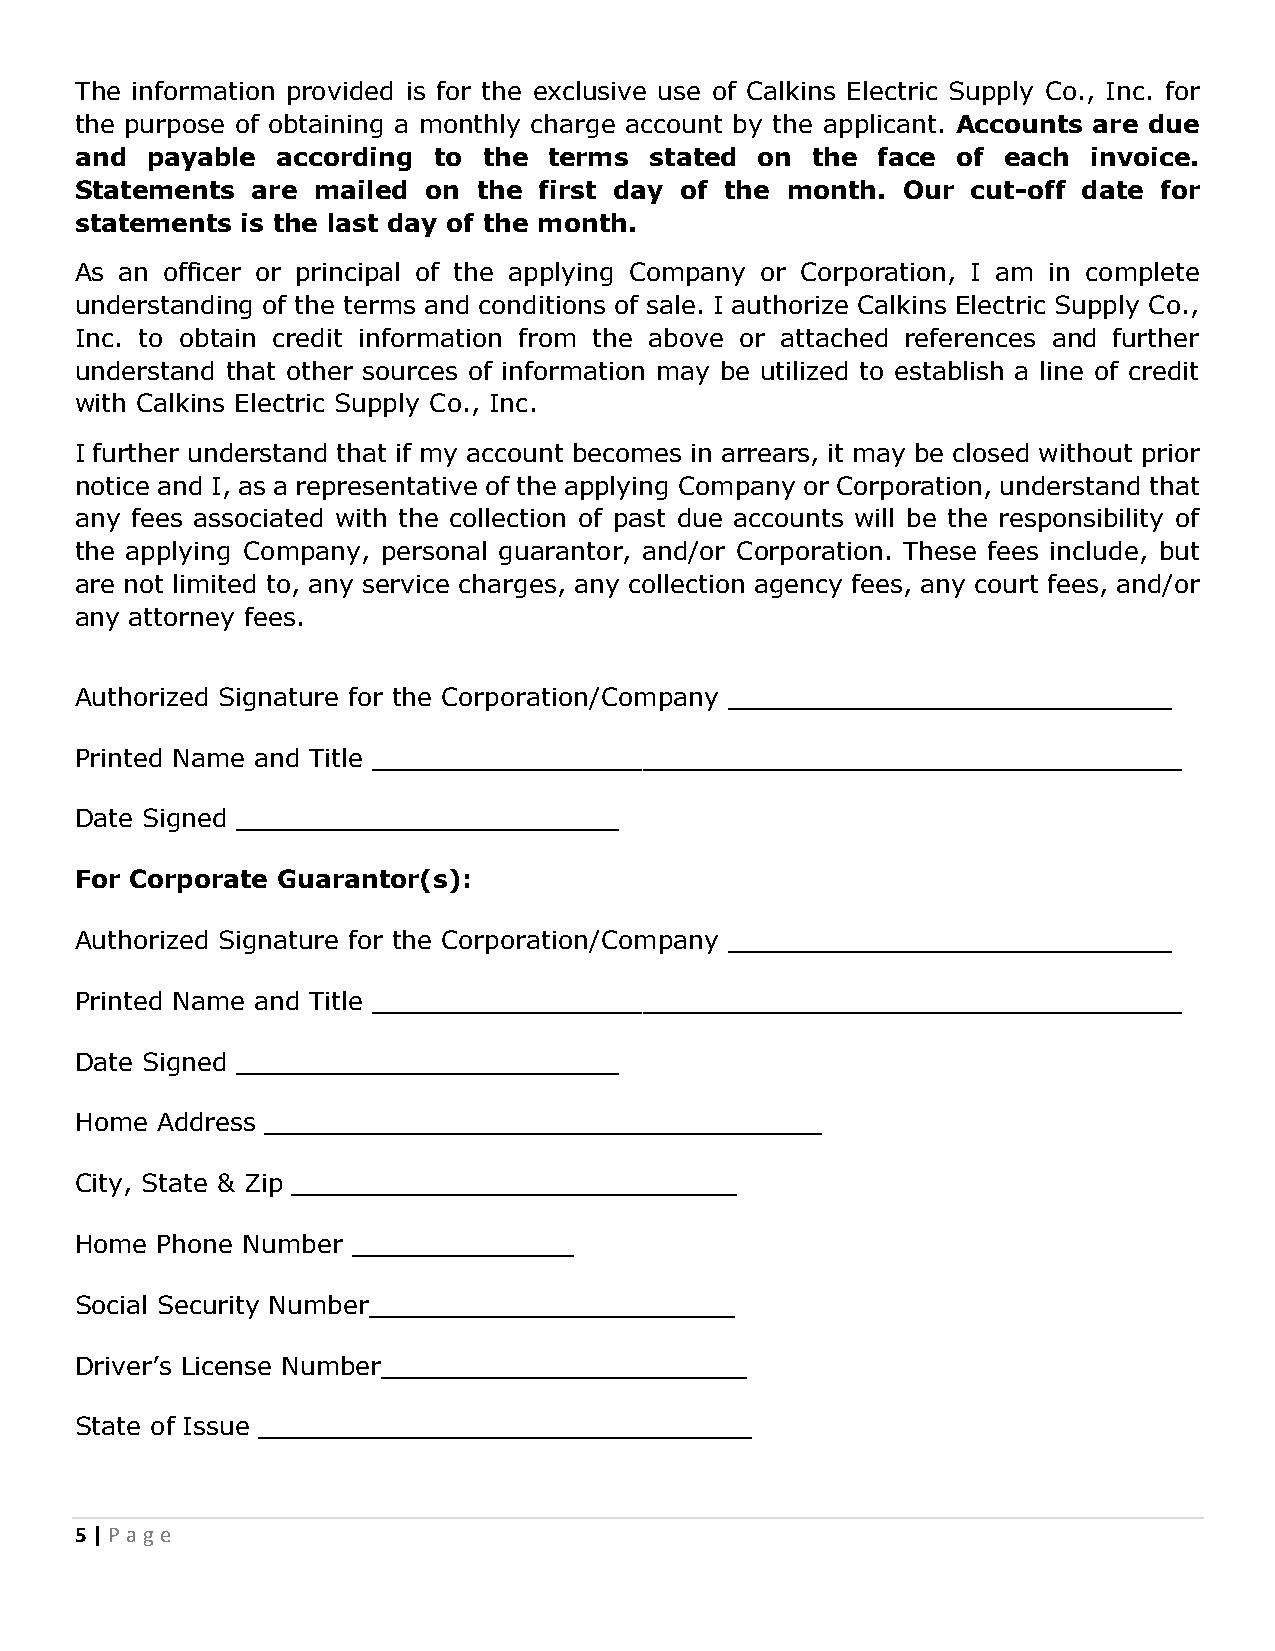
The information provided is for the exclusive use of Calkins Electric Supply Co., Inc. for
 the purpose of obtaining a monthly charge account by the applicant. Accounts are due
 and  payable according  to the terms  stated on  the face of  each invoice.
 Statements  are mailed on  the first day of the month. Our cut-off date for
 statements is the last day of the month.
 As an officer or principal of the applying Company or Corporation, I am in complete
 understanding of the terms and conditions of sale. I authorize Calkins Electric Supply Co.,
 Inc. to obtain credit information from the above or attached references and further
 understand that other sources of information may be utilized to establish a line of credit
 with Calkins Electric Supply Co., Inc.
 I further understand that if my account becomes in arrears, it may be closed without prior
 notice and I, as a representative of the applying Company or Corporation, understand that
 any fees associated with the collection of past due accounts will be the responsibility of
 the applying Company, personal guarantor, and/or Corporation. These fees include, but
 are not limited to, any service charges, any collection agency fees, any court fees, and/or
 any attorney fees.
 Authorized Signature for the Corporation/Company ____________________________
 Printed Name and Title ___________________________________________________
 Date Signed ________________________
 For Corporate Guarantor(s):
 Authorized Signature for the Corporation/Company ____________________________
 Printed Name and Title ___________________________________________________
 Date Signed ________________________
 Home Address ___________________________________
 City, State & Zip ____________________________
 Home Phone Number ______________
 Social Security Number_______________________
 Driver’s License Number_______________________
 State of Issue _______________________________
 5 | P age